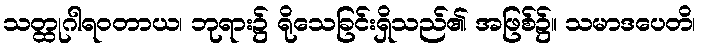
သတ္ထုဂါရဝတာယ၊ ဘုရား၌ ရိုသေခြင်းရှိသည်၏ အဖြစ်၌။ သမာဒပေတိ၊